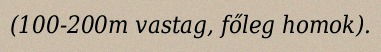
(100-200m vastag, főleg homok).